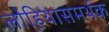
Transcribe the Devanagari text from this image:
लोहियासमर्थक